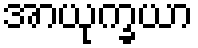
အာယုက္ခယာ